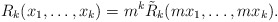
\begin{align*}R_k(x_1,\dots,x_k)=m^k\tilde{R}_k(mx_1,\dots,mx_k).\end{align*}